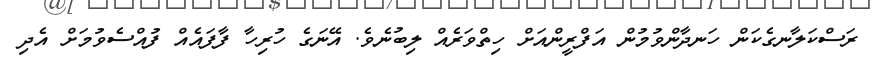
ރަސްކަލާނގެކަން ހަނދާންވުމުން އަފްރީންއަށް ހިތްވަރެއް ލިބުނެވެ. އޭނަގެ ހުރިހާ ފާފައެއް ފުއްސެވުމަށް އެދި